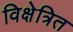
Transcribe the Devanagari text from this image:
विक्षेत्रित